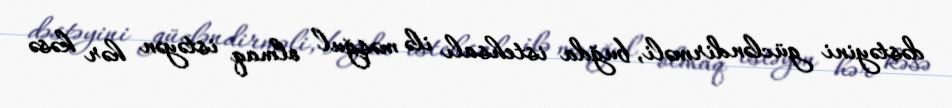
dəstəyini gücləndirməli, buğda istehsalı ilə məşğul olmaq istəyən hər kəsə